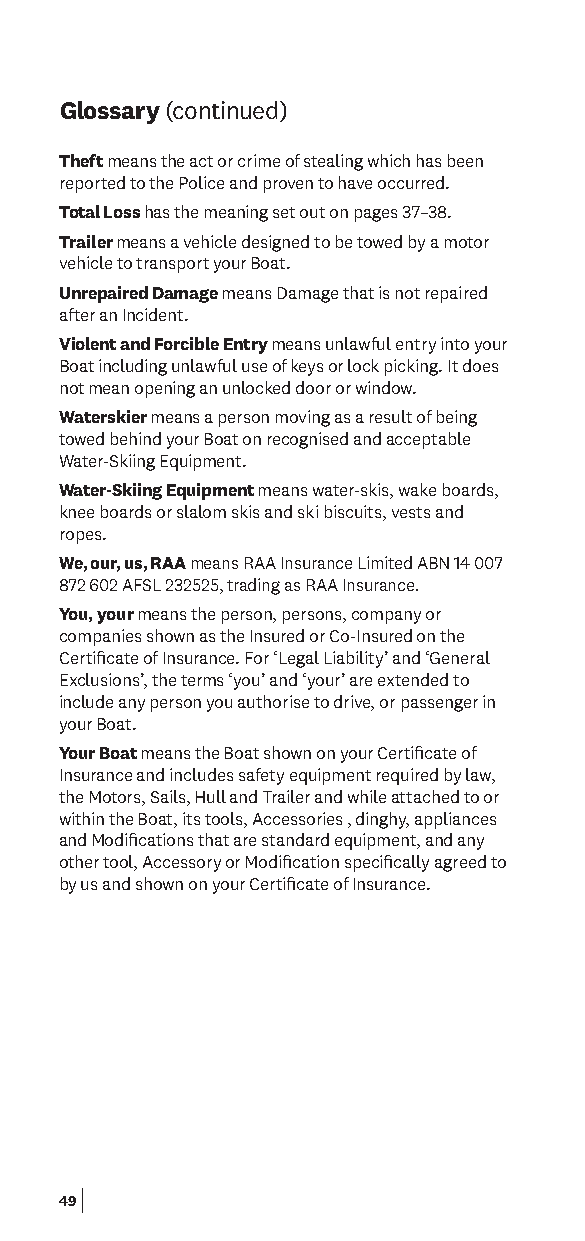
Glossary (continued)
 Theft means the act or crime of stealing which has been
 reported to the Police and proven to have occurred.
 Total Loss has the meaning set out on pages 37–38.
 Trailer means a vehicle designed to be towed by a motor
 vehicle to transport your Boat.
 Unrepaired Damage means Damage that is not repaired
 after an Incident.
 Violent and Forcible Entry means unlawful entry into your
 Boat including unlawful use of keys or lock picking. It does
 not mean opening an unlocked door or window.
 Waterskier means a person moving as a result of being
 towed behind your Boat on recognised and acceptable
 Water-Skiing Equipment.
 Water-Skiing Equipment means water-skis, wake boards,
 knee boards or slalom skis and ski biscuits, vests and
 ropes.
 We, our, us, RAA means RAA Insurance Limited ABN 14 007
 872 602 AFSL 232525, trading as RAA Insurance.
 You, your means the person, persons, company or
 companies shown as the Insured or Co-Insured on the
 Certifcate of Insurance. For ‘Legal Liability’ and ‘General
 Exclusions’, the terms ‘you’ and ‘your’ are extended to
 include any person you authorise to drive, or passenger in
 your Boat.
 Your Boat means the Boat shown on your Certifcate of
 Insurance and includes safety equipment required by law,
 the Motors, Sails, Hull and Trailer and while attached to or
 within the Boat, its tools, Accessories , dinghy, appliances
 and Modifcations that are standard equipment, and any
 other tool, Accessory or Modifcation specifcally agreed to
 by us and shown on your Certifcate of Insurance.
 49